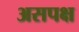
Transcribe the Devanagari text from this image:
असपक्ष